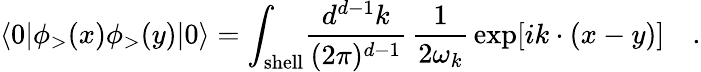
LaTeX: \langle 0|\phi_{>}(x)\phi_{>}(y)|0\rangle=\int_{\mathrm{shell}}\! {\frac{d^{d-1}k}{(2\pi)^{d-1}}}\, {\frac{1}{2\omega_{k}}}\exp[ik\cdot(x-y)]\quad.